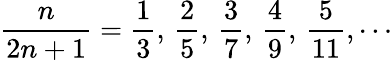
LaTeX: {\frac{n}{2n+1}}={\frac{1}{3}},\, {\frac{2}{5}},\, {\frac{3}{7}},\, {\frac{4}{9}},\, {\frac{5}{11}},\cdots